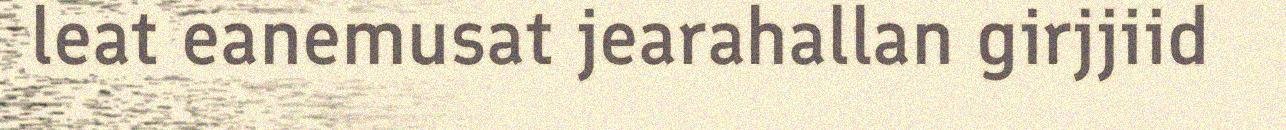
leat eanemusat jearahallan girjjiid